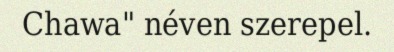
Chawa" néven szerepel.